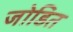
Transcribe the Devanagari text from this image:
जोडित